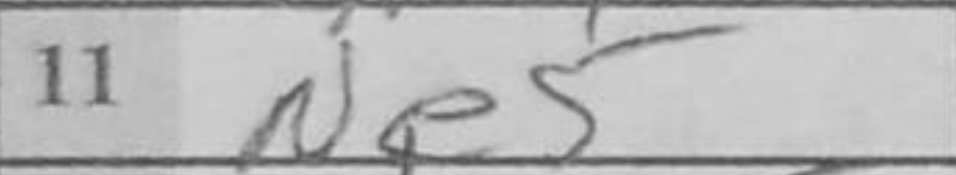
Transcription: Ne5